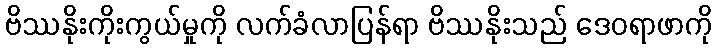
ဗိဿနိုးကိုးကွယ်မှုကို လက်ခံလာပြန်ရာ ဗိဿနိုးသည် ဒေဝရာဖာကို